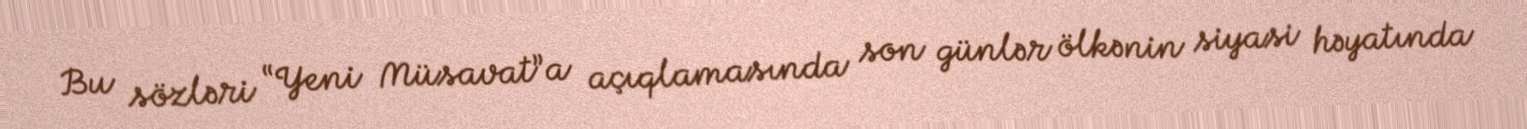
Bu sözləri “Yeni Müsavat”a açıqlamasında son günlər ölkənin siyasi həyatında